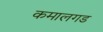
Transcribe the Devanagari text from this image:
कमालगड